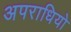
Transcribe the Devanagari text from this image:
अपराधियो